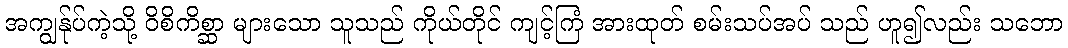
အကျွန်ုပ်ကဲ့သို့ ဝိစိကိစ္ဆာ များသော သူသည် ကိုယ်တိုင် ကျင့်ကြံ အားထုတ် စမ်းသပ်အပ် သည် ဟူ၍လည်း သဘော